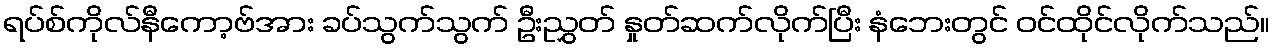
ရပ်စ်ကိုလ်နီကော့ဗ်အား ခပ်သွက်သွက် ဦးညွှတ် နှုတ်ဆက်လိုက်ပြီး နံဘေးတွင် ဝင်ထိုင်လိုက်သည်။